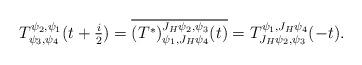
LaTeX: \begin{align*}T^{\psi_2,\psi_1}_{\psi_3,\psi_4}(t+\tfrac{i}{2})=\overline{(T^*)^{J_H \psi_2,\psi_3}_{\psi_1,J_H\psi_4}(t)}=T^{\psi_1,J_H\psi_4}_{J_H\psi_2,\psi_3}(-t).\end{align*}